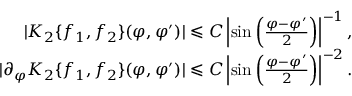
\begin{array} { r } { | K _ { 2 } \{ f _ { 1 } , f _ { 2 } \} ( \varphi , \varphi ^ { \prime } ) | \leqslant C \left| \sin \left( \frac { \varphi - \varphi ^ { \prime } } { 2 } \right) \right| ^ { - 1 } , } \\ { | \partial _ { \varphi } K _ { 2 } \{ f _ { 1 } , f _ { 2 } \} ( \varphi , \varphi ^ { \prime } ) | \leqslant C \left| \sin \left( \frac { \varphi - \varphi ^ { \prime } } { 2 } \right) \right| ^ { - 2 } . } \end{array}